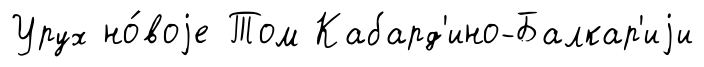
Урух но́воjе Том Кабард'ино-Балкар'иjи